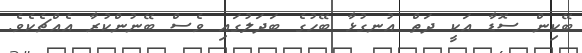
ބޭކިން ސޮޑާ އަކީ ދަތް އުނގުޅާ ބޭހުގެ ބަދަލުގައި ވެސް ބޭނުންކުރާ އެއްޗެކެވެ.